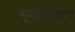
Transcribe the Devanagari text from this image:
सूर्यप्रवेशाला